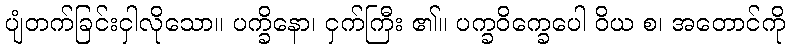
ပျံတက်ခြင်းငှါလိုသော။ ပက္ခိနော၊ ငှက်ကြီး ၏။ ပက္ခဝိက္ခေပေါ ဝိယ စ၊ အတောင်ကို